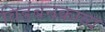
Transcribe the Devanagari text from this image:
विडंबनकाव्य